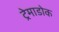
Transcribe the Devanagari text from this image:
ट्रेमाडोक